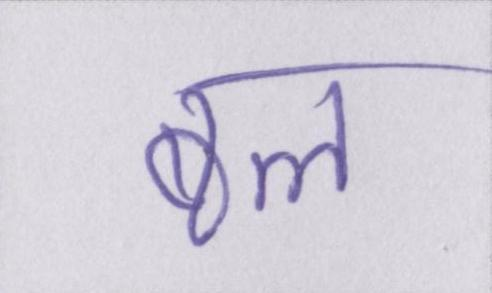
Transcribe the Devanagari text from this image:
बल